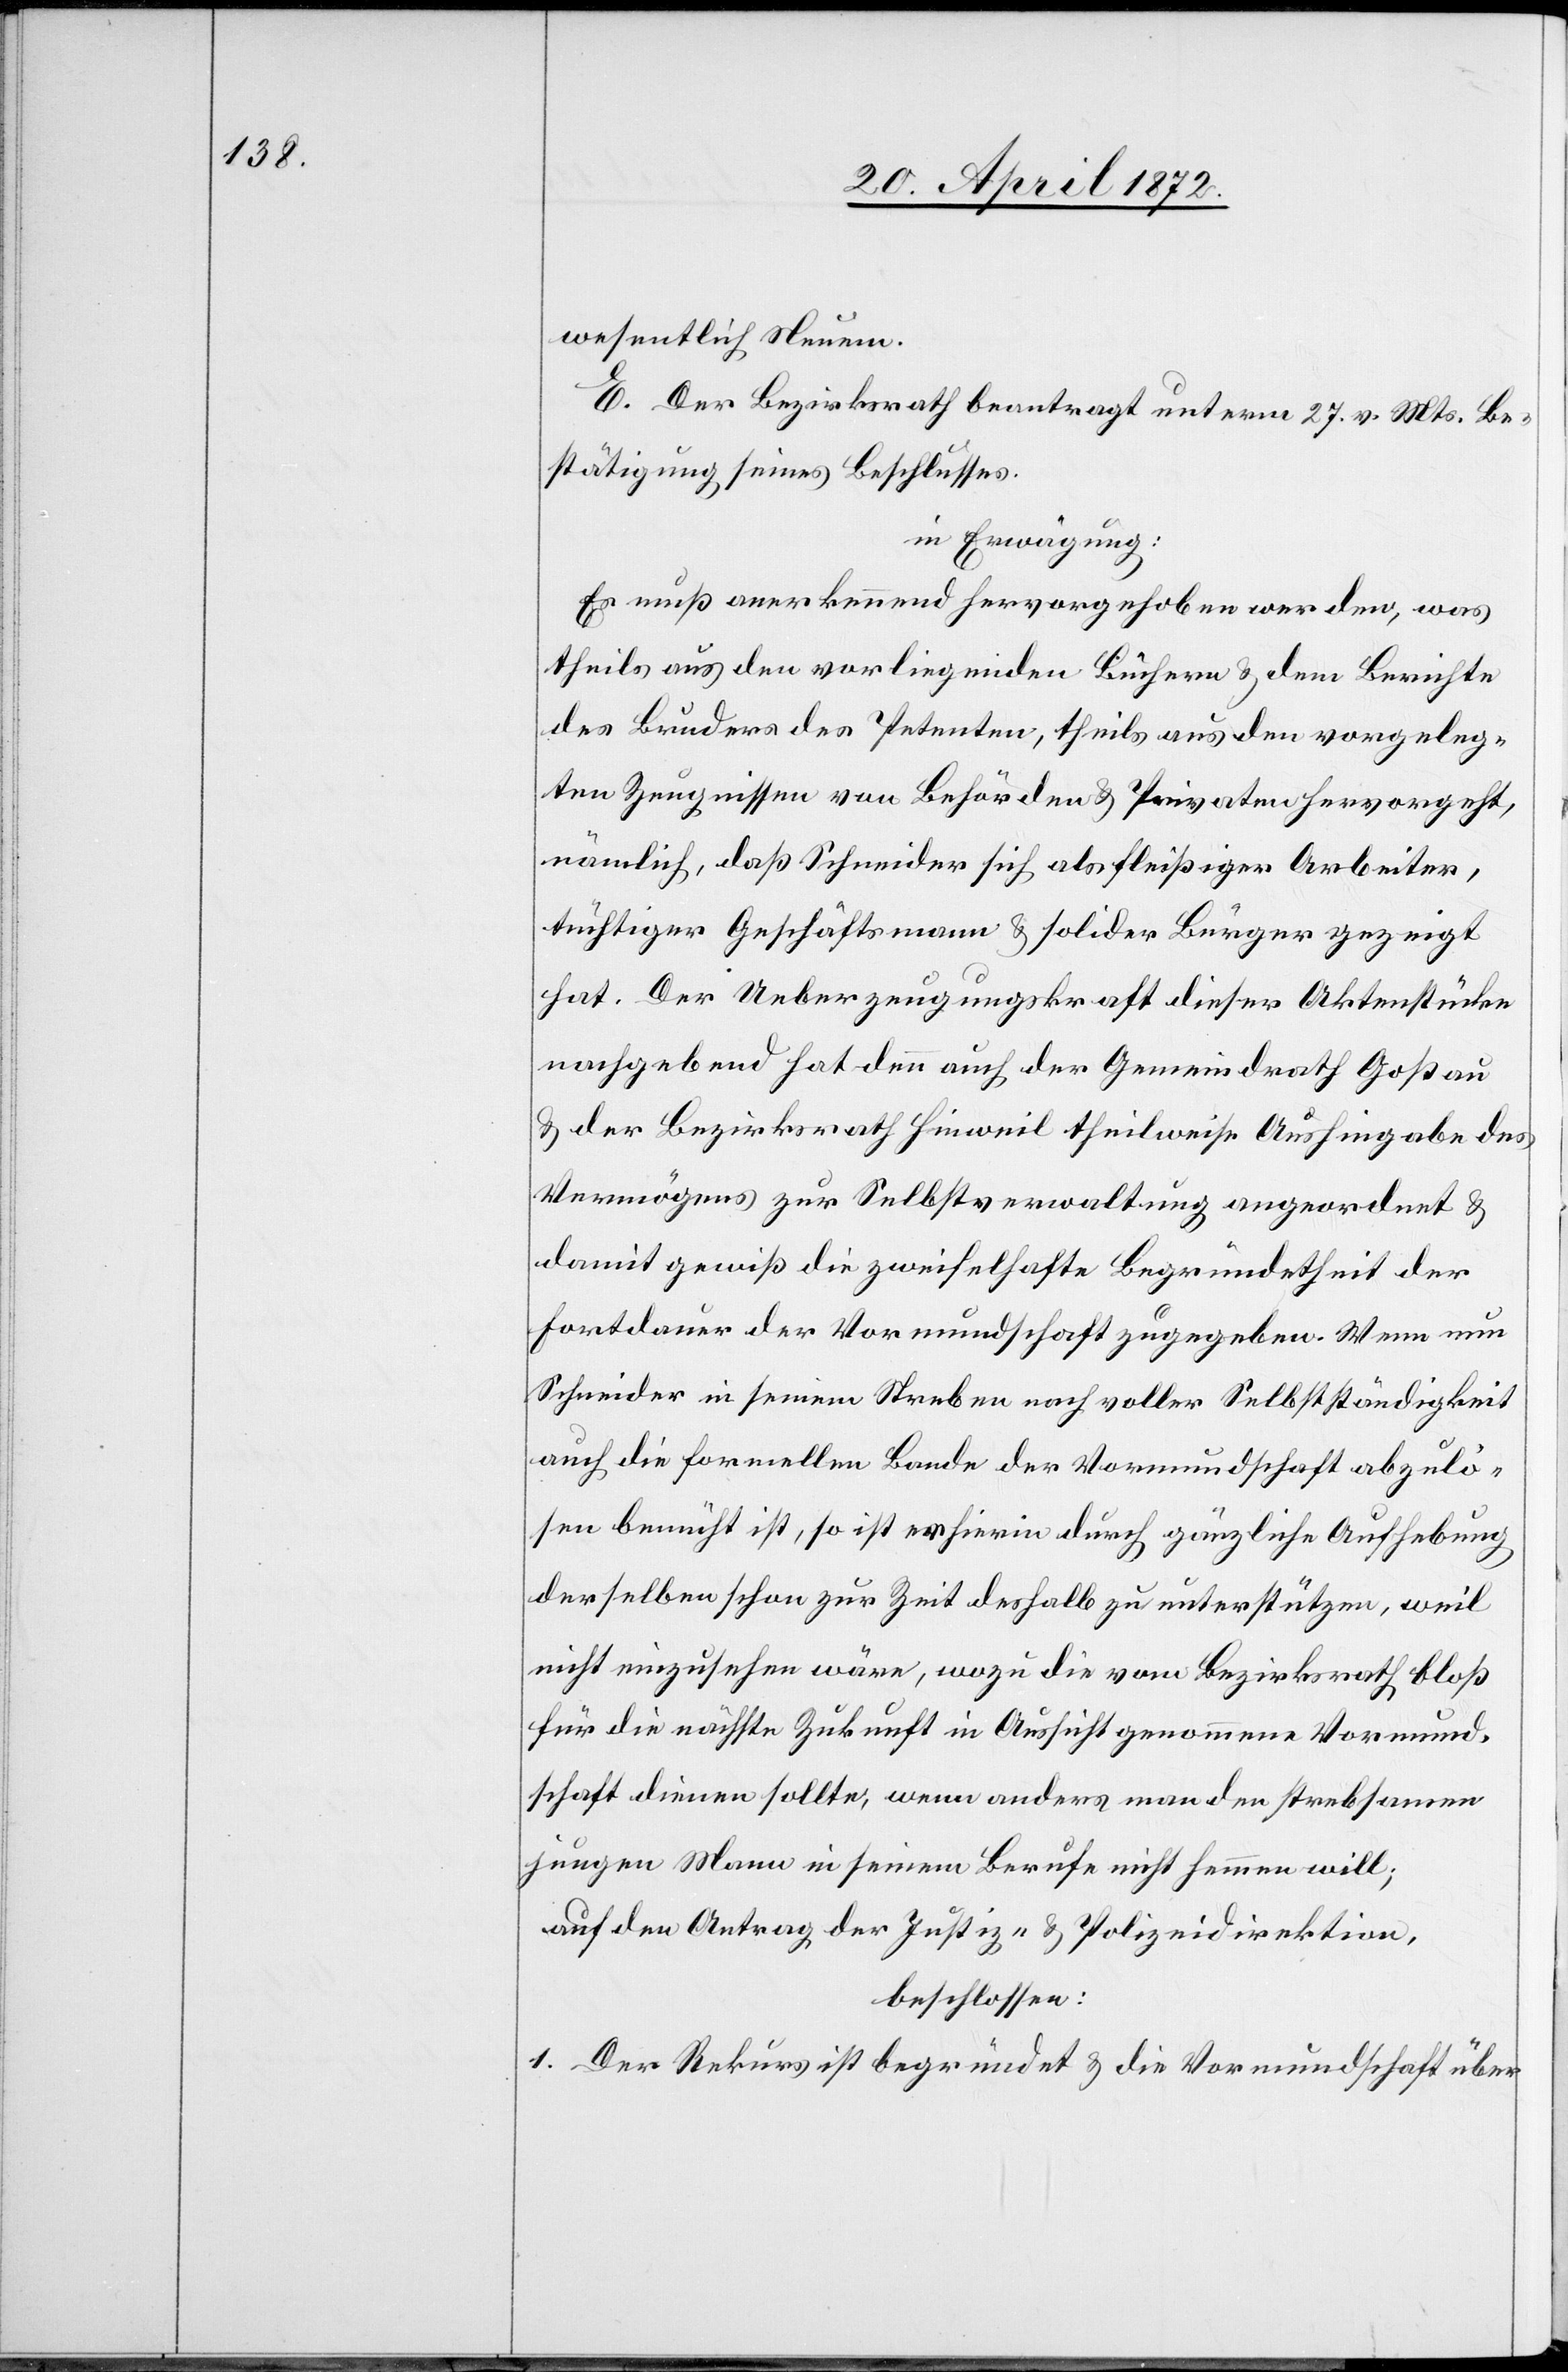
wesentlich Neuem.
E. Der Bezirksrath beantragt unterm 27. v. Mts. Be¬
stätigung seines Beschlusses.
in Erwägung:
Es muß anerkennend hervorgehoben werden, was
theils aus den vorliegenden Büchern u. dem Berichte
des Bruders des Petenten, theils aus den vorgeleg¬
ten Zeugnissen von Behörden u. Privaten hervorgeht,
nämlich, daß Schneider sich als fleißiger Arbeiter,
tüchtiger Geschäftsmann u. solider Bürger gezeigt
hat. Der Ueberzeugungskraft dieser Aktenstücke
nachgebend hat denn auch der Gemeindrath Goßau
u. der Bezirksrath Hinweil theilweise Aushingabe des
Vermögens zur Selbstverwaltung angeordnet u.
damit gewiß die zweifelhafte Begründetheit der
Fortdauer der Vormundschaft zugegeben. Wenn nun
Schneider in seinem Streben nach voller Selbstständigkeit
auch die formellen Bande der Vormundschaft abzulö¬
sen bemüht ist, so ist er hierin durch gänzliche Aufhebung
derselben schon zur Zeit deshalb zu unterstützen, weil
nicht einzusehen wäre, wozu die vom Bezirksrath bloß
für die nächste Zukunft in Aussicht genommene Vormund¬
schaft dienen sollte, wenn anders man den strebsamen
jungen Mann in seinem Berufe nicht hemmen will;
auf den Antrag der Justiz- u. Polizeidirektion,
beschlossen:
1. Der Rekurs ist begründet u. die Vormundschaft über